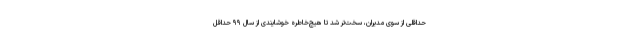
حداقلی از سوی مدیران، سخت‌تر شد تا هیچ‌خاطره خوشایندی از سال ۹۹ حداقل